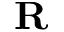
\mathbf { R }